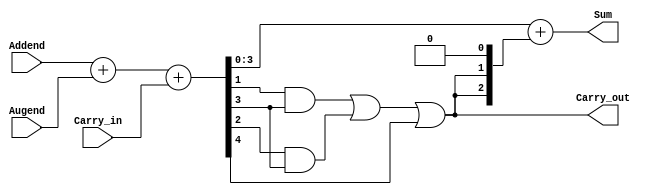
module  BCD_Adder (Sum, Carry_out, Addend, Augend, Carry_in);
output  [3:0]	Sum;
output  Carry_out;
input   [3:0]	Addend, Augend;
input		Carry_in;
wire    [3:0]	z, z1;
wire		k;

assign  {k, z} = Addend + Augend + Carry_in;
assign  Carry_out = (z[1] && z[3]) || (z[2] && z[3]) || k;
assign  z1[0] = 0;
assign  z1[1] = Carry_out;
assign  z1[2] = Carry_out;
assign  z1[3] = 0;
assign  Sum = z + z1;

endmodule